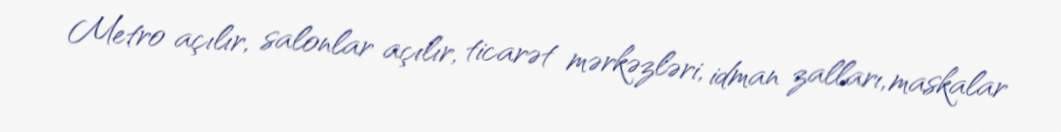
Metro açılır, salonlar açılır, ticarət mərkəzləri, idman zalları, maskalar